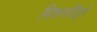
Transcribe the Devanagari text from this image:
मिशनरींद्वारे